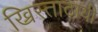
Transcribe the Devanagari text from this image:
ख्रिस्ताठायी